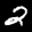
Label: 2